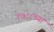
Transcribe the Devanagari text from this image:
१७८८च्या